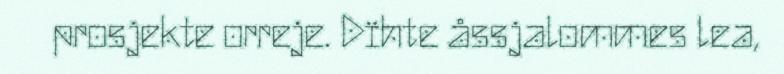
prosjekte orreje. Dïhte åssjalommes lea,